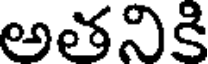
అతనికి